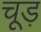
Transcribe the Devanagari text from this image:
चूड़